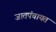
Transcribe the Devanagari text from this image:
जातपंचायत